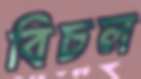
বিচল